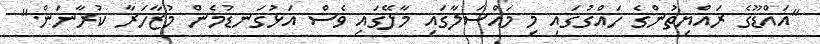
"އައްޑޫގެ ރައްޔިތުންގެ ހައްގުގައި މި މައްސަލާގައި މާލޭގައި ވެސް އަޅުގަނޑުމެން މުޒާހަރާ ކުރާނަން."